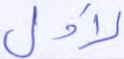
لأول